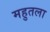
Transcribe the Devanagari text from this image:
महुतला